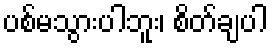
ပစ်မသွားပါဘူး၊ စိတ်ချပါ